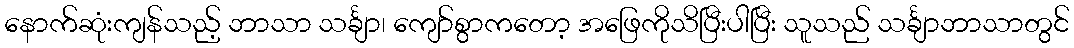
နောက်ဆုံးကျန်သည့် ဘာသာ သင်္ချာ၊ ကျော်စွာကတော့ အဖြေကိုသိပြီးပါပြီး သူသည် သင်္ချာဘာသာတွင်